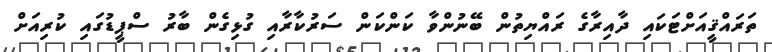
ތަރައްޤީއަށްޓަކައި ދާއިރާގެ ރައްޔިތުން ބޭނުންވާ ކަންކަން ސަރުކާރާއި ގުޅިގެން ބާރު ސްޕީޑުގައި ކުރިއަށް